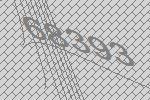
68393